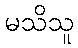
မသိသူ